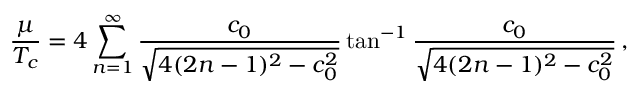
{ \frac { \mu } { T _ { c } } } = 4 \sum _ { n = 1 } ^ { \infty } { \frac { c _ { 0 } } { \sqrt { 4 ( 2 n - 1 ) ^ { 2 } - c _ { 0 } ^ { 2 } } } } \tan ^ { - 1 } { \frac { c _ { 0 } } { \sqrt { 4 ( 2 n - 1 ) ^ { 2 } - c _ { 0 } ^ { 2 } } } } \, ,